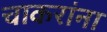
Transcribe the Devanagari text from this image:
चाकरांना